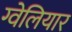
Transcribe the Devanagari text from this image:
ग्वेलियार